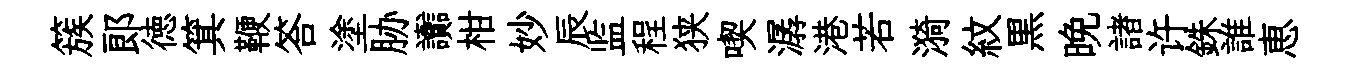
簇郞徳箕鞭答塗胁讟柑妙辰监程狭喫潺港若漪紋黒晚諸许銖誰恵